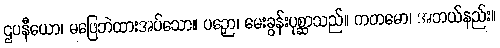
ဌပနီယော၊ မဖြေဘဲထားအပ်သော။ ပဉှော၊ မေးခွန်းပုစ္ဆာသည်။ ကတမော၊ အဘယ်နည်း။